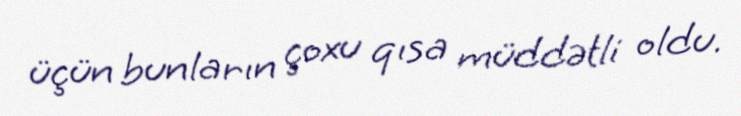
üçün bunların çoxu qısa müddətli oldu.